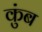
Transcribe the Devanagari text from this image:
कुंब